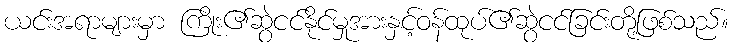
ယင်းအရာများမှာ ကြိုး၏ဆွဲငင်နိုင်မှုအားနှင့်ဝန်ထုပ်၏ဆွဲငင်ခြင်းတို့ဖြစ်သည်။